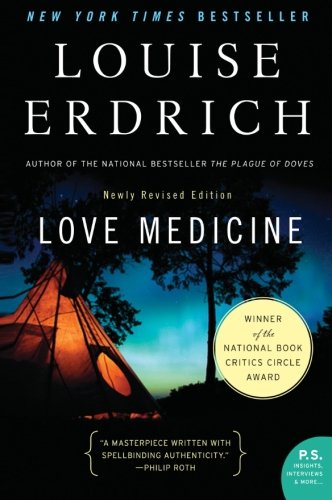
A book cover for Love Medicine: Newly Revised Edition (P.S.); Louise Erdrich; Literature & Fiction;